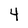
Character: 4